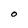
Character: o